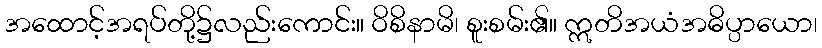
အထောင့်အရပ်တို့၌လည်းကောင်း။ ဝိစိနာမိ၊ စူးစမ်း၏။ ဣတိအယံအဓိပ္ပာယော၊